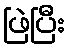
ဖြဲပြီး